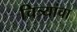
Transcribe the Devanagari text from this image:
चित्र्यांचा